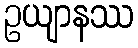
ဥယျာနဿ